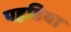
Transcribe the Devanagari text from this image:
पहडिया